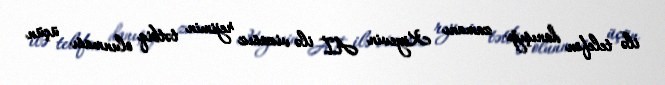
ilə telefon danışığı zamanı Kiyevin Aİ ilə vizasız rejimin tətbiq olunması üçün